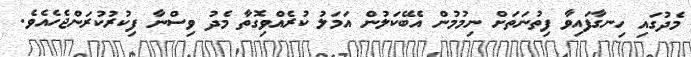
މެދުގައި ހިނގާފައިވާ ފިތުނަތަށް ނިމުމުން އެބޭކަލުން އަމަލު ކުރެއްވިގޮތާ މެދު ވިސްނާ ފިކުރުކުރަންޖެހެއެވެ.